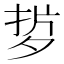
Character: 𭡂